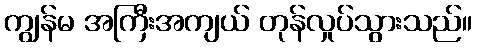
ကျွန်မ အကြီးအကျယ် တုန်လှုပ်သွားသည်။